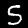
Label: 5